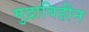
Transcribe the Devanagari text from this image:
मुद्राविहीन